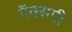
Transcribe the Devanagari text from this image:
ऍक्सपी़